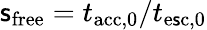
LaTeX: \mathsf{s}_{\mathrm{{free}}}=t_{\mathrm{{acc,0}}}/t_{\mathrm{{e\mathsf{s}c,0}}}